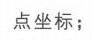
点坐标；